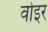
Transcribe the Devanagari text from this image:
वोइर